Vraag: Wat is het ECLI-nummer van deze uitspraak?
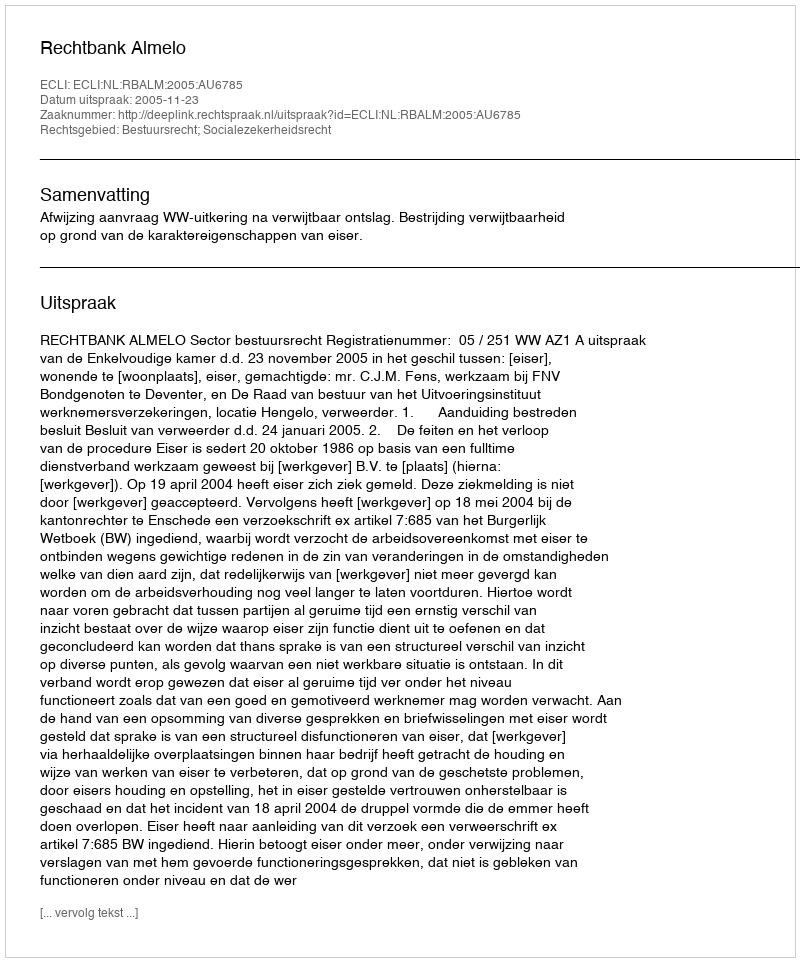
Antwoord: ECLI:NL:RBALM:2005:AU6785